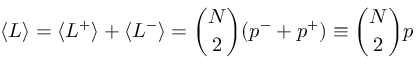
\langle L \rangle = \langle L ^ { + } \rangle + \langle L ^ { - } \rangle = \binom { N } { 2 } ( p ^ { - } + p ^ { + } ) \equiv \binom { N } { 2 } p